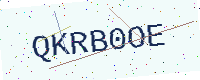
Text: QKRB0OE